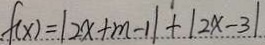
f ( x ) = \vert 2 x + m - 1 \vert + \vert 2 x - 3 \vert